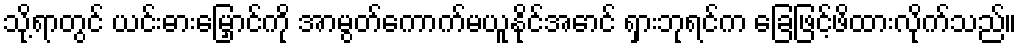
သို့ရာတွင် ယင်းဓားမြှောင်ကို အာမွတ်ကောက်မယူနိုင်အောင် ရှားဘုရင်က ခြေဖြင့်ဖိထားလိုက်သည်။